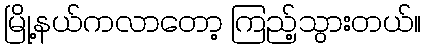
မြို့နယ်ကလာတော့ ကြည့်သွားတယ်။